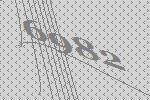
6982